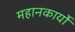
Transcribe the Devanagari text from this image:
महानकार्यो